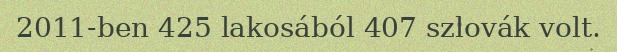
2011-ben 425 lakosából 407 szlovák volt.